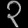
Digit: ၃